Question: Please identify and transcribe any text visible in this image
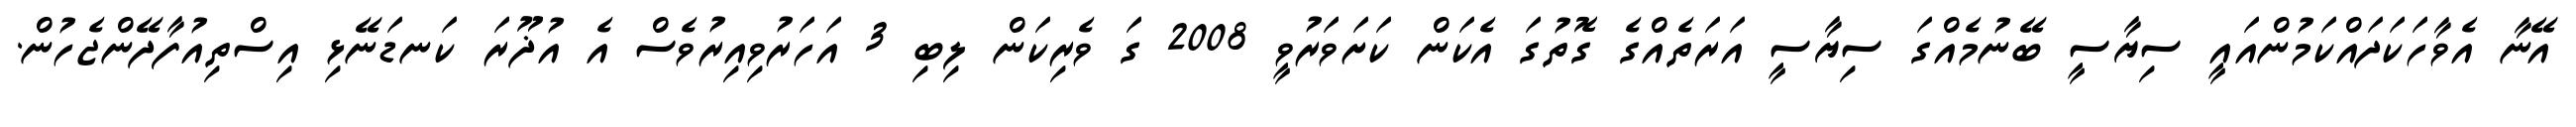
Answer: އޭނާ އެވާހަކަދައްކަމުންއައީ ސިޔާސީ ބޭނުމެއްގަ ސިޔާސީ އަރަތެއްގެ ގޮތުގަ އެކަން ކަށަވަރުވީ 2008 ގަ ވެރިކަން ލިބި 3 އަހަރުވިއިރުވެސް އެ އުޛޫރަ ކަނޑަނޭޅި އިސްތިއުފާދޭންޖެހުން.